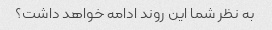
به نظر شما این روند ادامه خواهد داشت؟